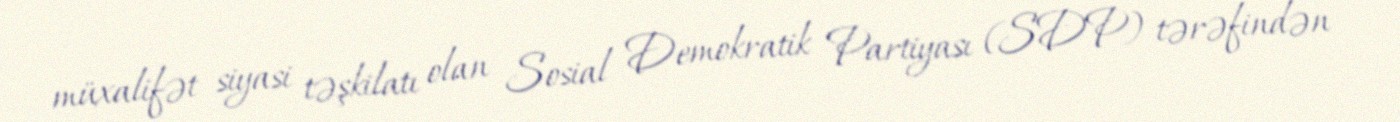
müxalifət siyasi təşkilatı olan Sosial Demokratik Partiyası (SDP) tərəfindən